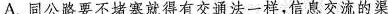
A. 同公路要不堵塞就得有交通法一样，信息交流的渠